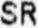
SR